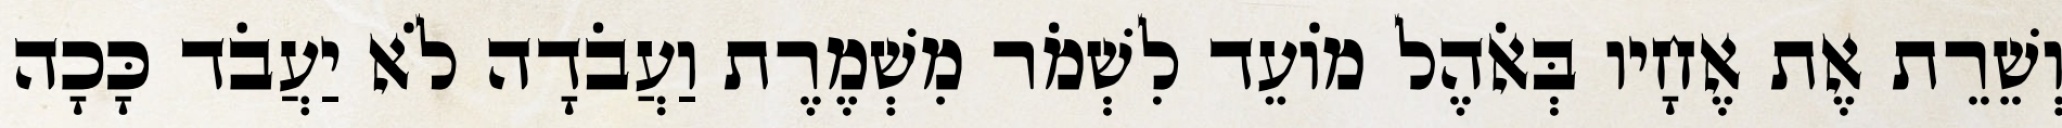
וְשֵׁרֵת אֶת אֶחָיו בְּאֹהֶל מוֹעֵד לִשְׁמֹר מִשְׁמֶרֶת וַעֲבֹדָה לֹא יַעֲבֹד כָּכָה